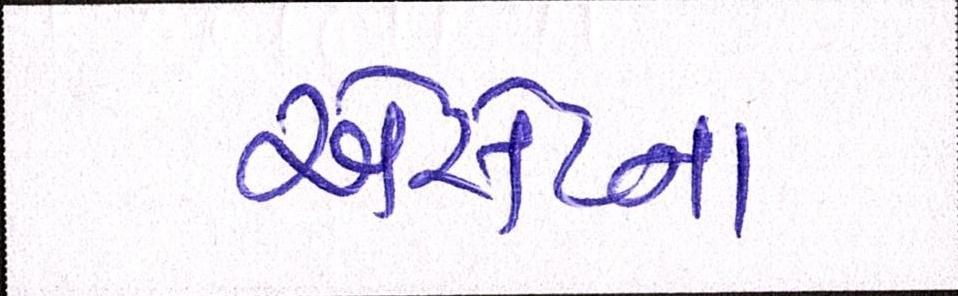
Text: એસેટના